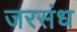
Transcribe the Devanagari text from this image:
जरसंध